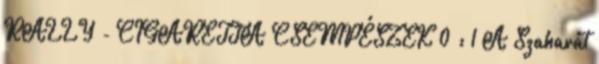
RALLY - CIGARETTA CSEMPÉSZEK 0 : 1 A Szaharát